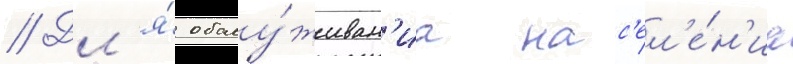
// Дл'я́ обслу́живан'иа нас'ел'е́н'иа